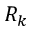
R _ { k }